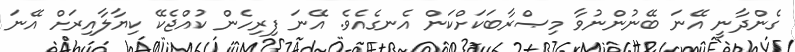
ގެންދާނީ އޭނަ ބޭނުންނުވާ މިޞްރާބަކަށްކަން އެނގެއެވެ. އޭނަ ފިރިހެން ކުއްޖެކޭ ކިޔާލާއިރަށް އޭނަ